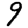
Digit: 9